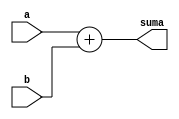
// Suma las entradas de N bits y salida con N+1 bits
module adder #(parameter N = 1)(input [N-1:0] a,
                                input [N-1:0] b,
                                output[N:0] suma
    );

// Se suman las entradas y la salida ya contiene un bit extra para que no sature
  assign suma = a + b;

endmodule